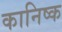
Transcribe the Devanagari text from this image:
कानिष्क